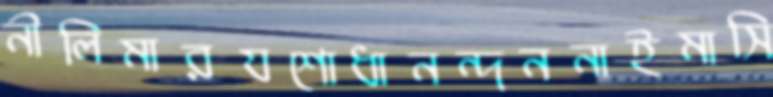
নীলিমারযশোধানন্দননাইমাসি